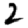
Digit: 2